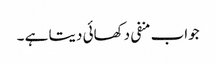
جواب منفی دکھائی دیتا ہے ۔